Alphabetical list of drugs, medicines and other preparations free from, and containing, spirit compiled from the results of tests made by the customs houses at Calcutta, Bombay, and Madras
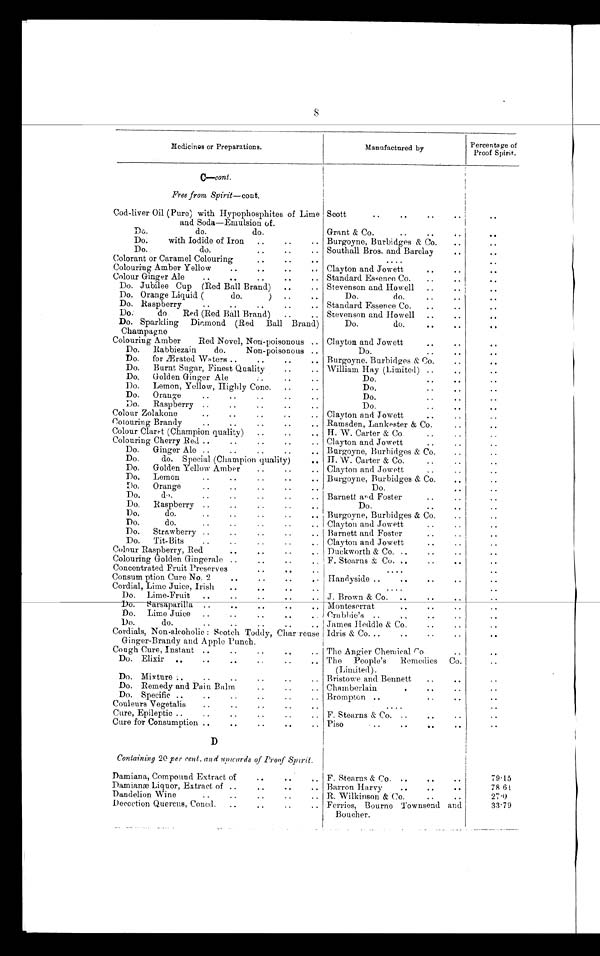
8
Medicines or Preparations.
Manufactured by
Percentage of
Proof Spirit.
C—cont.
Free from Spirit—c ont .
Cod-liver Oil (Pure) with Hypophosphites of Lime
and Soda—Emulsion of.
Scott
..
..
..
. .
Do.
do.
do.
Grant & Co.
..
..
. .
Do.
with Iodide of Iron
..
..
.. Burgoyne, Burbidges & Co.
..
. .
Do.
do.
..
..
.. Southall Bros. and Barclay
..
. .
Colorant or Caramel Colouring
..
..
..
. . . .
. .
Clayton and Jowett
..
..
. .
Colouring Amber Yellow
. .
..
. . C o l o u r G i n g e r A l e
. .
. .
. .
. . Standard Essence Co.
..
.
. .
Do. Jubilee Cup (Red Ball Brand)
..
.. Stevenson and Howell ..
. .
Do. Orange Liquid (
do.
)
..
Do.
do.
..
..
. .
Do. Raspberry
..
..
..
.. Standard Essence Co.
..
..
..
Do.
do
Red (Red Ball Brand)
..
.. Stevenson and Howell
..
..
. .
Do. Sparkling Diamond (Red Ball Brand)
Do.
do.
. . .
. .
Champagne
Colouring Amber
Red Novel, Non-poisonous .. Clayton and Jowett
. .
. .
Do.
Rabbiezain
do.
Non-poisonous ..
Do.
.. ..
Do.
for Ærated Waters ..
..
..
.. Burgoyne,. Burbidges& C o .
. .
. .
Do.
Burnt Sugar, Finest Quality
..
.. William Hay (Limited) ..
..
..
Do.
Golden Ginger Ale
..
..
..
Do.
. ..
Do.
Lemon, Yellow, Highly Conc.
..
..
Do.
..
Do. Orange
..
..
..
..
..
Do.
..
.
..
Do. Raspberry ..
..
..
..
..
Do.
..
..
. .
Colour Zolakone
..
..
..
..
.. Clayton and Jowett
,
..
Colouring Brandy
..
..
..
..
.. Ramsden, Lankester & Co.
..
. .
Colour Claret (Champion quality) ..
..
.. H. W. Carter & Co. . .
. . ..
Colouring Cherry Red ..
..
..
..
.. Clayton and Jowett
..
..
..
Do.
Ginger Ale ..
..
..
..
.. Burgoyne, Burbidges & Co.
..
..
Do.
do. Special (Champion quality)
H. W. Carter & Co.
..
..
..
Do. Golden Yellow Amber
..
..
.. Clayton and Jowett
. .
Do. Lemon
..
..
..
..
.. Burgoyne, Burbidges & Co.
..
Do. Orange
..
..
..
..
.
Do.
..
..
Do.
do.
..
..
..
..
.. Barnett and Foster
..
..
..
Do. Raspberry ..
..
..
.
Do.
.
..
..
Do.
do.
..
..
..
.. Burgoyne, Burbidges & Co.
..
..
Do.
do.
..
..
..
.. Clayton and Jowett
..
..
..
.
. . .
..
Do. Strawberry .... Barnett and Foster
..
. .
Do. Tit- Bits
..
..
..
.. Clayton and Jowett
..
..
Colour Raspberry, Red
..
..
..
.. Duckworth & Co. ..
..
..
..
Colouring Golden Gingerale ..
..
..
.. F. Stearns & Co. ..
..
..
. .
Concentrated Fruit Preserves
..
..
..
....
..
CoConsumptionure No. 2.. -
. . .
. .
Handyside ..
..
..
..
..
Cordial, Lime Juice, Irish
..
..
..
..
. . . .
. .
.
. .
Do. Lime-Fruit ...
.. J. Brown & Co. ..
..
..
..
Do. Sarsaparilla ..
..
..
..
.. Monteserrat
..
. .
. .
Do. Lime Juice ..
..
.. Crabbie's
..
, ,
..
..
..
Do.
do.
..
..
..
..
.. James Heddle & Co.
..
..
..
Cordials, Non-alcoholic : Scotch Toddy, Char reuse Idris & Co...
..
..
..
Ginger-Brandy and Apple Punch.
..
Cough Cure, Instant .... The Angier Chemical Co. ..
..
Do. Elixir ..
..
..
.. The People's Remedies Co.
..
(Limited).
..
Do. Mixture : . ..
..
..
.
.. Bristowe and Bennett
..
..
. .
Do. Remedy and Pain Balm
..
..
. Chamberlain
.
..
. .
Do. Specific ..
..
..
..
..
.. Brompton ..
.
. .
Couleurs Vegetalis
..
. -
. .
. .
. .
....
..
Cure, Epileptic ..
..
..
..
..
.. F. Stearns & Co. ..
..
..
. .
Cure for Consumption
...
.
. . . .
Piso
..
.
. .
D
..
Containing 20 per cent. and upwards of Proof Spirit.
..
Damiana, Compound Extract of
..
..
. . F. Stearns & Co. ..
..
..
79.15
Damianæ Liquor, Extract of ..
..
..
..
Barron H arvy
..
..
78 61
Dandelion Wine
..
..
..
..
.. R. Wilkinson & Co.
..
..
27.0
Decoction Quercus, Concd. ..
. .
. .
. . Ferries, Bourne Townsend and
Boucher.
33.79